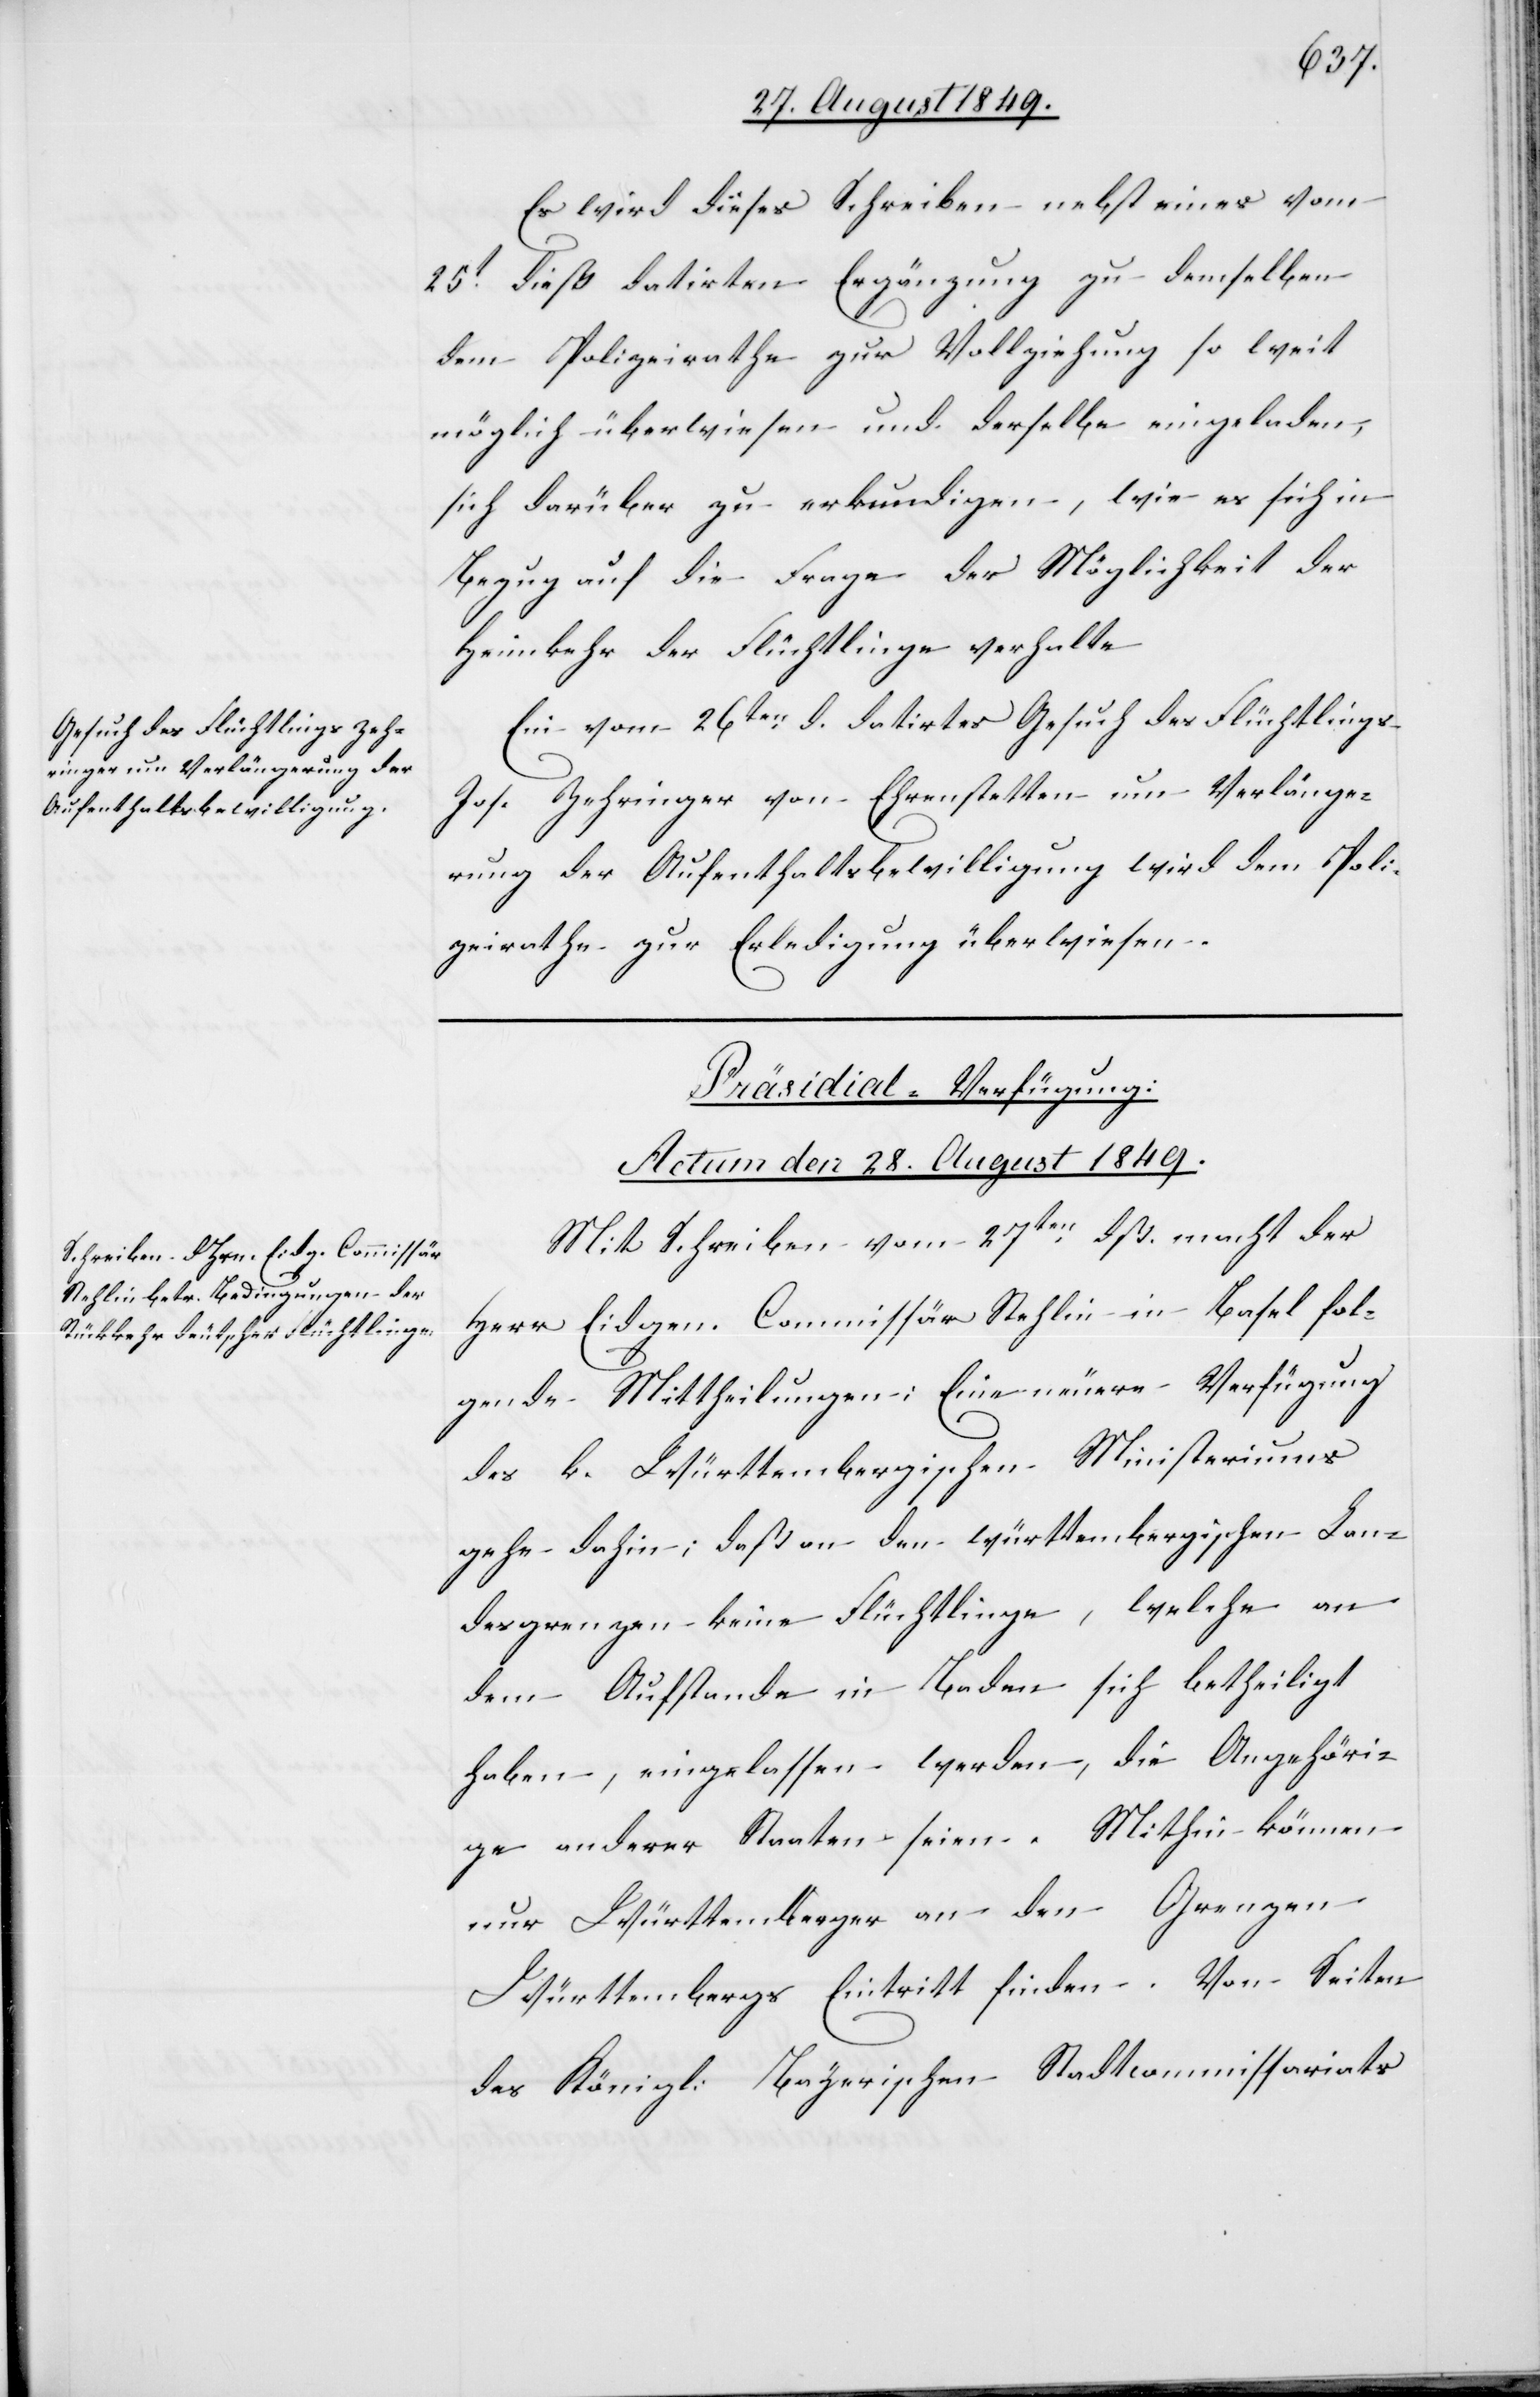
Es wird dieses Schreiben nebst eines
25t dieß datirten Ergänzung zu demselben
dem Polizeirathe zur Vollziehung so weit
möglich überwiesen und derselbe eingeladen,
sich darüber zu erkundigen, wie es sich in
Bezug auf die Frage der Möglichkeit der
Heimkehr der Flüchtlinge verhalte[.]
Ein vom 26ten d. datirtes Gesuch des Flüchtlings
Jos. Zehringer von Ehrenstetten um Verlänge¬
rung der Aufenthaltsbewilligung wird dem Poli¬
zeirathe zur Erledigung überwiesen.
Präsidial-Verfügung:
Actum den 28. August 1849.
Mit Schreiben vom 27ten dß. macht der
Herr Eidgen. Commissär Stehlin in Basel fol¬
gende Mittheilungen; Eine neuere Verfügung
des k. Württembergischen Ministeriums
gehe dahin, daß an den württembergischen Lan¬
desgrenzen keine Flüchtlinge, welche an
dem Aufstande in Baden sich betheiligt
haben, eingelassen werden, die Angehöri¬
ge anderer Staaten seien. Mithin können
nur Württemberger an den Grenzen
Württembergs Eintritt finden. Von Seiten
des Königl. Bayerischen Stadtcommissariats